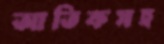
আতিকসহ